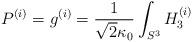
LaTeX: \begin{align*}P^{(i)} = g^{(i)} = \frac{1}{\sqrt{2}\kappa_0} \int_{S^3} H_3^{(i)}\end{align*}